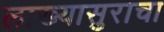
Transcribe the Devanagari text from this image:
लाख्यासुराचा